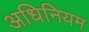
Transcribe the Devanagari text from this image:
अधिनियम